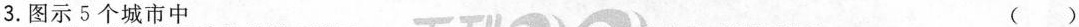
3.图示5个城市中 ( )